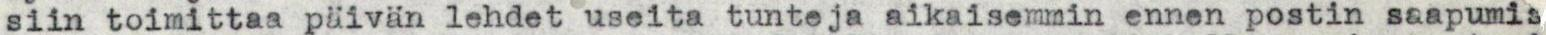
siin toimittaa päivän lehdet useita tunteja aikaisemmin ennen postin saapumis